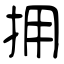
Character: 拥